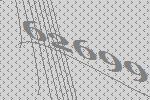
62699